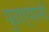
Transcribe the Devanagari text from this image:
पुढार्यांनी